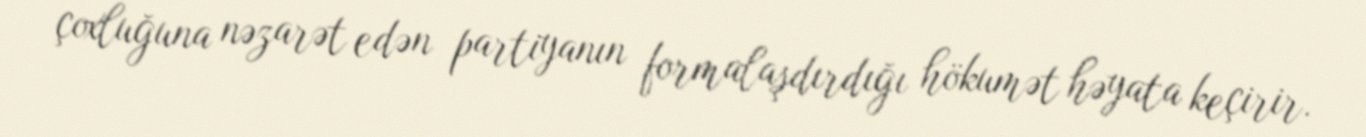
çoxluğuna nəzarət edən partiyanın formalaşdırdığı hökumət həyata keçirir.